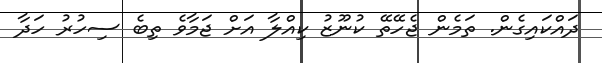
ދައްކައިގެން. ތަމެން ޖެހޭތޭ ކުނޫޒު ކިއްލާ އަށް ޖަމާވެ ތިބެ ސިހުރު ހަދާ